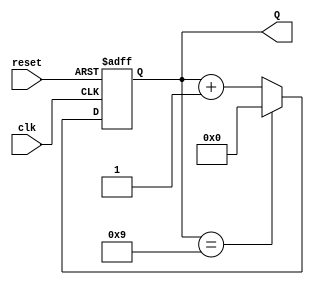
module decade_asynchronous_counter (
    input wire clk,       // Clock input
    input wire reset,     // Asynchronous reset input
    output reg [3:0] Q    // 4-bit output for the counter
);

// Asynchronous reset and counter logic
always @(posedge clk or posedge reset) begin
    if (reset) begin
        Q <= 4'b0000; // Reset counter to 0
    end else begin
        if (Q == 4'b1001) begin
            Q <= 4'b0000; // Reset counter to 0 when it reaches 10
        end else begin
            Q <= Q + 1; // Increment counter
        end
    end
end

endmodule